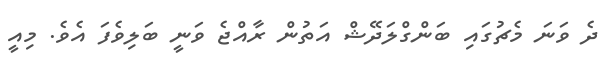
ދެ ވަނަ މެޗުގައި ބަންގްލަދޭޝް އަތުން ރާއްޖެ ވަނީ ބަލިވެފަ އެވެ. މިއީ